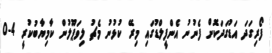
ފޯރިގަދަ އަޑުގަދަކޮށް ފެނުނު އެންފީލްޑުގައި މިރޭ ކުޅުނު މެޗު ލިވަޕޫލުން ކާމިޔާބުކުރީ 4-0